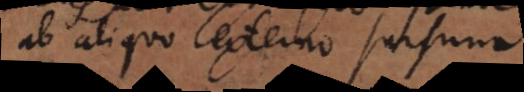
ab aliquo externo sursum